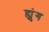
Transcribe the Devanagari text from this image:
ह्युंग